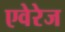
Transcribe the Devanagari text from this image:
एवेरेज